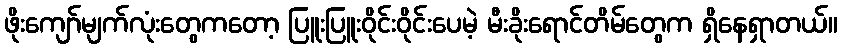
ဖိုးကျော်မျက်လုံးတွေကတော့ ပြူးပြူးဝိုင်းဝိုင်းပေမဲ့ မီးခိုးရောင်တိမ်တွေက ရှိနေရှာတယ်။